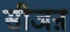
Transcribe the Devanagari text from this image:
सीजऩ